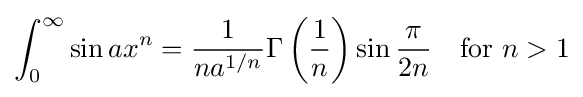
\int _{0}^{\infty }\sin ax^{n}={\frac {1}{na^{1/n}}}\Gamma \left({\frac {1}{n}}\right)\sin {\frac {\pi }{2n}}\quad {\text{for }}n>1